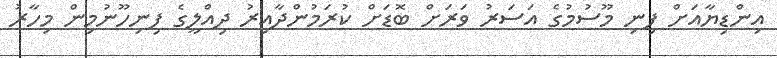
އިންޑިޔާއަށް ފިނި މޫސުމުގެ އަސަރު ވަރަށް ބޮޑަށް ކުރަމުންދާއިރު ދިއްލީގެ ފިނިހޫނުމިން މިހާރު